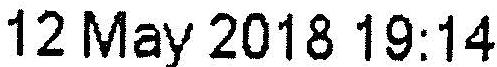
12 MAY 2018 19:14